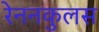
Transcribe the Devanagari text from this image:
रेननकुलस